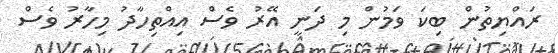
ރައްޔިތުން ބިކަ ވަމުން މި ދަނީ އޭރު ވެސް އިއްތިހާދު މިހާރު ވެސް